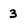
Character: 3